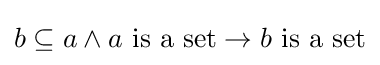
b\subseteq a\land a{\text{ is a set}}\to b{\text{ is a set}}